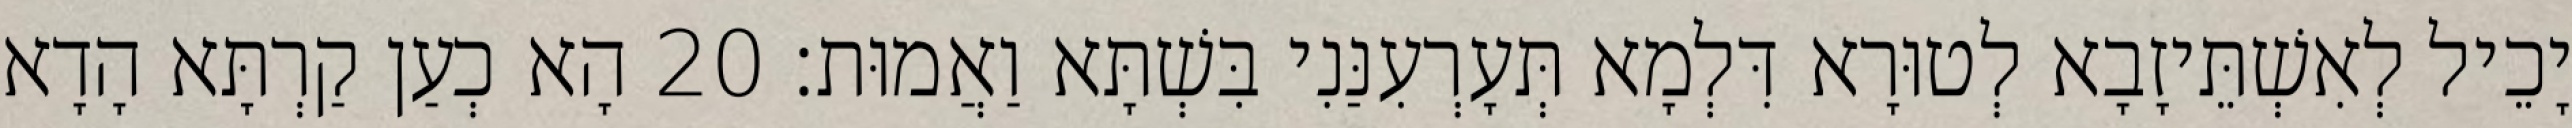
יָכֵיל לְאִשְׁתֵּיזָבָא לְטוּרָא דִּלְמָא תְּעָרְעִנַּנִי בִּשְׁתָּא וַאֲמוּת׃ 20 הָא כְעַן קַרְתָּא הָדָא